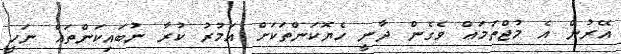
އޭރުން އެ މުޖްތަމަޢް ވެގެން ދާނީ ހެޔޮކަންތަކަށް އަމުރު ކުރާ ނުބައިކަންތައް ނަހީ